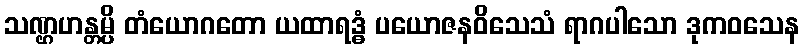
သဏ္ဌဟန္တမ္ပိ တံယောဂတော ယထာရဒ္ဓံ ပယောဇနဝိသေသံ ရာဂပါသော ဒုကဝသေန